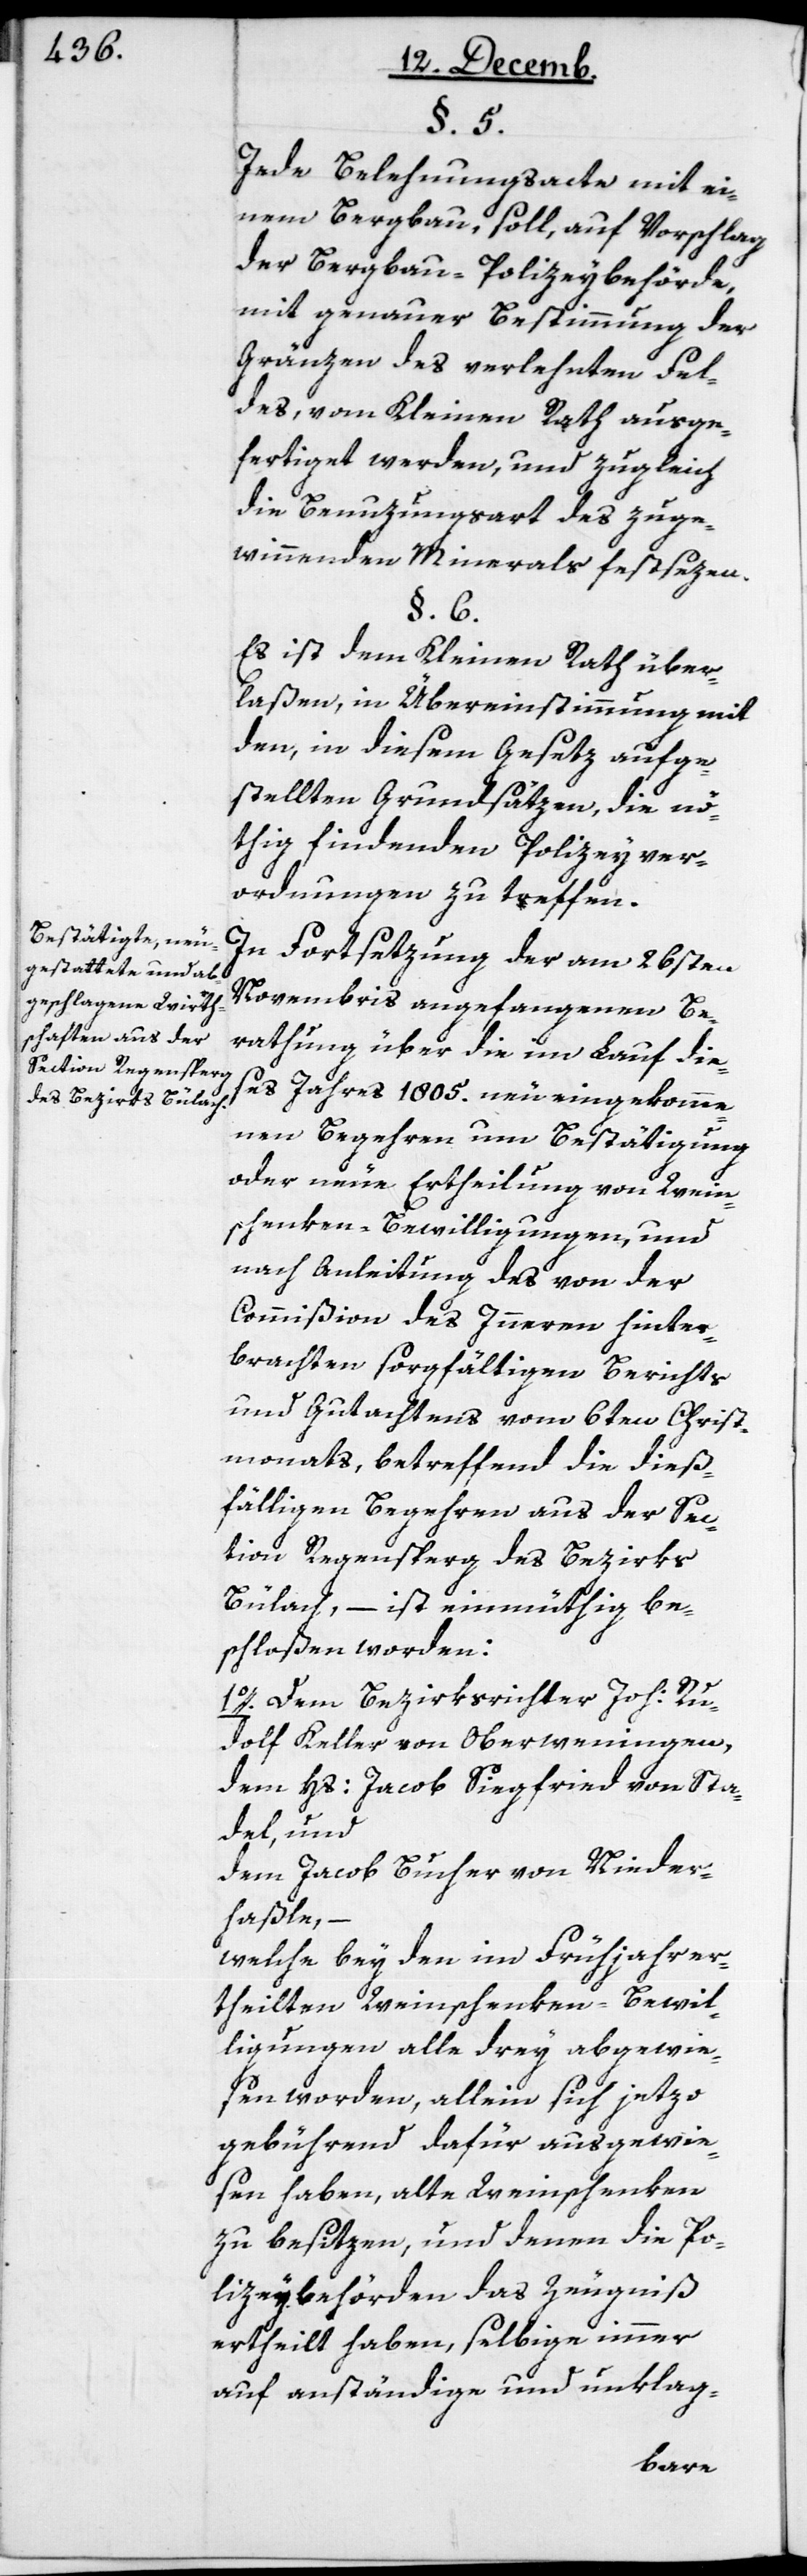
§. 5.
Jede Belehnungsacte mit ei¬
nem Bergbau, soll, auf Vorschlag
der Bergbau-Polizeybehörde,
mit genauer Bestimmung der
Gränzen des verlehnten Fel¬
des, vom Kleinen Rath ausge¬
fertiget werden, und zugleich
die Benutzungsart des zu ge¬
winnenden Minerals festsezen.
§. 6.
Es ist dem Kleinen Rath über¬
laßen, in Übereinstimmung mit
den, in diesem Gesetz aufge¬
stellten Grundsätzen, die nö¬
thig findenden Polizeyver¬
ordnungen zu treffen.
In Fortsetzung der am 26sten
Novembris angefangenen Be¬
rathung über die im Lauf die¬
ses Jahres 1805. neu eingekomme¬
nen Begehren um Bestätigung
oder neue Ertheilung von Wein¬
schenken-Bewilligungen, und
nach Anleitung des von der
Commißion des Innern hinter¬
brachten sorgfältigen Berichts
und Gutachtens vom 6ten Christ¬
monats, betreffend die dieß¬
fälligen Begehren aus der Sec¬
tion Regensperg des Bezirks
Bülach, – ist einmüthig be¬
schloßen worden:
1o. Dem Bezirksrichter Joh. Ru¬
dolf Keller von Oberweningen,
dem Hs. Jacob Siegfried von Sta¬
del, und
dem Jacob Bucher von Nieder¬
haßle,–
welche bey den im Frühjahr er¬
theilten Weinschenken-Bewil¬
ligungen alle drey abgewie¬
sen worden, allein sich jetzo
gebührend dafür ausgewie¬
sen haben, alte Weinschenken
zu besitzen, und denen die Po¬
lizeybehörden das Zeugniß
ertheilt haben, selbige immer
auf anständige und unklag-